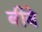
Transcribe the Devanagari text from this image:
बीबे